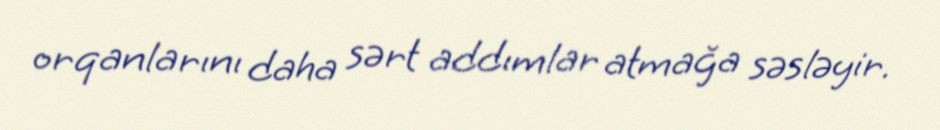
orqanlarını daha sərt addımlar atmağa səsləyir.